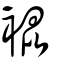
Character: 裩